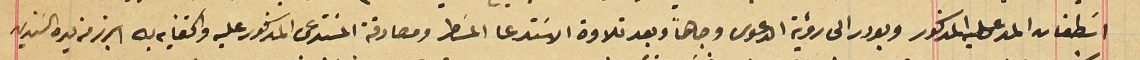
اسَطفان المدعى عليه المذكور وبودر الى رؤية الدعوى وجاهاً وبعد تلاوة الاسَتدعا المسَطر ومصادقة المسَتدعى المذكور عليه واكتفايه به ابرز من يده السندين